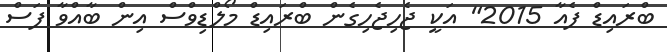
ބްރައިޑް ފެއާ 2015" އަކީ ޖެހިޖެހިގެން ބްރައިޑް މޯލްޑިވްސް އިން ބާއްވާ ފަސް